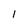
Character: I